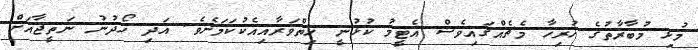
މުޅި މުބާރާތުގެ ހުރިހާ މެޗެއްގައިވެސް އެޓީމު ކުޅުނީ ހިތްވަރާއިއެކުކަމަށެވެ. އަދި ހޯދުނު ނަތީޖާއަށް